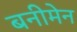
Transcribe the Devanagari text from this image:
बनीमेन